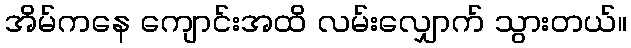
အိမ်ကနေ ကျောင်းအထိ လမ်းလျှောက် သွားတယ်။